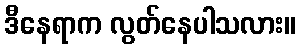
ဒီနေရာက လွတ်နေပါသလား။